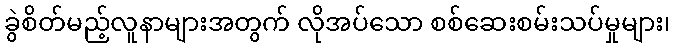
ခွဲစိတ်မည့်လူနာများအတွက် လိုအပ်သော စစ်ဆေးစမ်းသပ်မှုများ၊